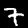
Digit: 7